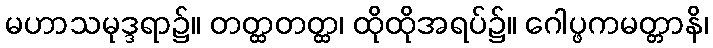
မဟာသမုဒ္ဒရာ၌။ တတ္ထတတ္ထ၊ ထိုထိုအရပ်၌။ ဂေါပ္ဖကမတ္တာနိ၊